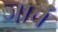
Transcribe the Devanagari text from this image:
जाचं